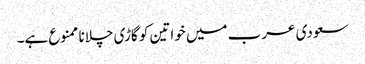
سعودی عرب میں خواتین کو گاڑی چلانا ممنوع ہے۔